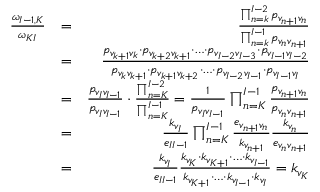
\begin{array} { r l r } { { \frac { \omega _ { I - 1 , K } } { \omega _ { K I } } } } & { = } & { \frac { \prod _ { n = k } ^ { I - 2 } p _ { v _ { n + 1 } v _ { n } } } { \prod _ { n = k } ^ { I - 1 } p _ { v _ { n } v _ { n + 1 } } } } \\ & { = } & { \frac { p _ { v _ { k + 1 } v _ { k } } \cdot p _ { v _ { k + 2 } v _ { k + 1 } } \cdot \ldots \cdot p _ { v _ { I - 2 } v _ { I - 3 } } \cdot p _ { v _ { I - 1 } v _ { I - 2 } } } { p _ { v _ { k } v _ { k + 1 } } \cdot p _ { v _ { k + 1 } v _ { k + 2 } } \cdot \ldots \cdot p _ { v _ { I - 2 } v _ { I - 1 } } \cdot p _ { v _ { I - 1 } v _ { I } } } } \\ & { = } & { \frac { p _ { v _ { I } v _ { I - 1 } } } { p _ { v _ { I } v _ { I - 1 } } } \cdot \frac { \prod _ { n = K } ^ { I - 2 } } { \prod _ { n = K } ^ { I - 1 } } = \frac { 1 } { p _ { v _ { I } v _ { I - 1 } } } \prod _ { n = K } ^ { I - 1 } \frac { p _ { v _ { n + 1 } v _ { n } } } { p _ { v _ { n } v _ { n + 1 } } } } \\ & { = } & { \frac { k _ { v _ { I } } } { e _ { I I - 1 } } \prod _ { n = K } ^ { I - 1 } \frac { e _ { v _ { n + 1 } v _ { n } } } { k _ { v _ { n + 1 } } } \frac { k _ { v _ { n } } } { e _ { v _ { n } v _ { n + 1 } } } } \\ & { = } & { \frac { k _ { v _ { I } } } { e _ { I I - 1 } } \frac { k _ { v _ { K } } \cdot k _ { v _ { K + 1 } } \cdot \ldots \cdot k _ { v _ { I - 1 } } } { k _ { v _ { K + 1 } } \cdot \ldots \cdot k _ { v _ { I - 1 } } \cdot k _ { v _ { I } } } = k _ { v _ { K } } } \end{array}